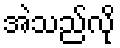
အဲသည်လို